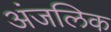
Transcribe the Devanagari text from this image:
अंजलिक